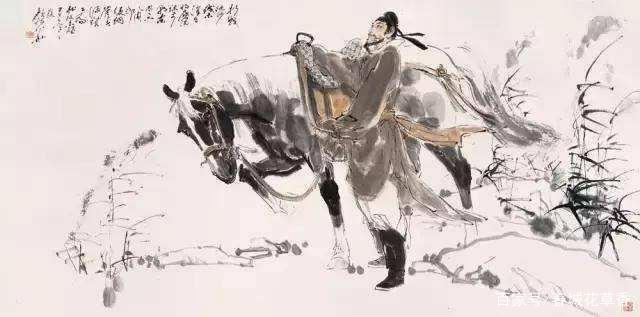
醉里挑灯看剑，梦回吹角连营。